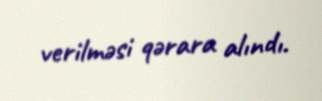
verilməsi qərara alındı.